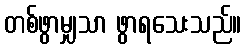
တစ်ဖွာမျှသာ ဖွာရသေးသည်။